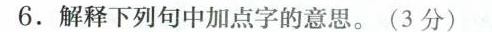
6.解释下列句中加点字的意思。(3分)